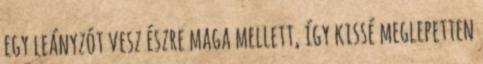
egy leányzót vesz észre maga mellett, így kissé meglepetten